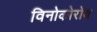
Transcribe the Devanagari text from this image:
विनोकोरोव